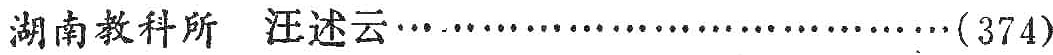
湖南教科所 汪述云\ldots\ldots\ldots\ldots\ldots\ldots\ldots\ldots\ldots\ldots(374)